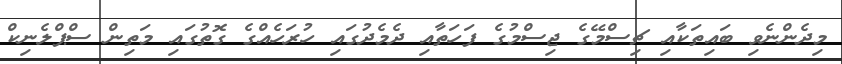
މިދެންނެވި ބައިތަކާއި ޗިސްމޭގެ ޖިސްމުގެ ފަހަތާއި ދެމެދުގައި ހުރަހެއްގެ ގޮތުގައި މަތިން ސްޕްލެނިކް